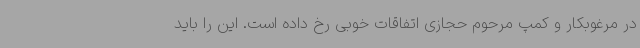
در مرغوبکار و کمپ مرحوم حجازی اتفاقات خوبی رخ داده است. این را باید